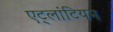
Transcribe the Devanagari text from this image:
एट्लांटियन